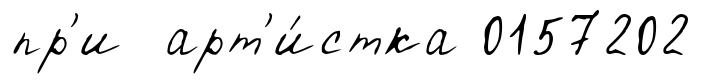
пр'и арт'и́стка 0157202